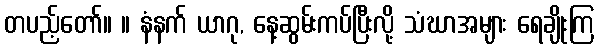
တပည့်တော်။ ။ နံနက် ယာဂု, နေ့ဆွမ်းကပ်ပြီးလို့ သံဃာအများ ရေချိုးကြ